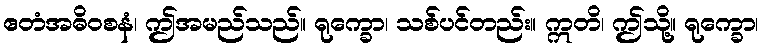
ဧတံအဓိဝစနံ၊ ဤအမည်သည်။ ရုက္ခော၊ သစ်ပင်တည်း။ ဣတိ၊ ဤသို့။ ရုက္ခော၊